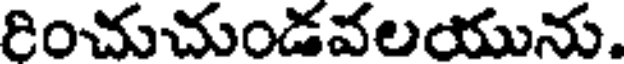
రించుచుండవలయును.